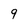
Character: 9